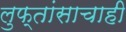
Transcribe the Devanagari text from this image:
लुफ्तांसाचाही